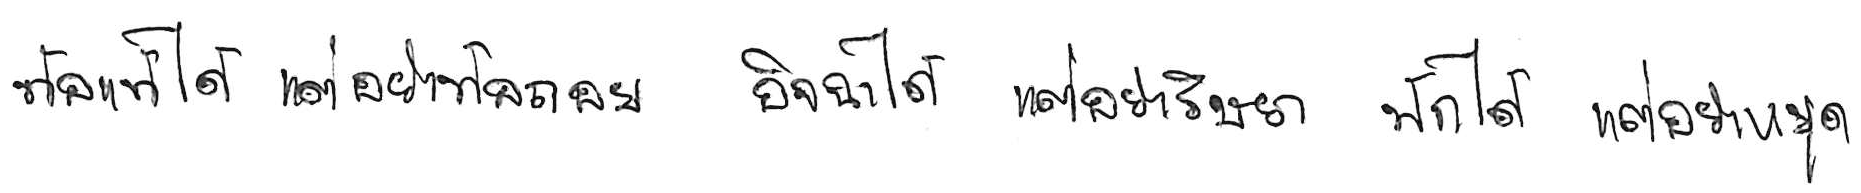
ท้อแท้ได้ แต่อย่าท้อถอย อิจฉาได้ แต่อย่าริษยา พักได้ แต่อย่าหยุด